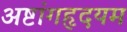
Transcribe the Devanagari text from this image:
अष्टांगहृदयम